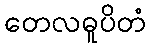
တေလဓူပိတံ